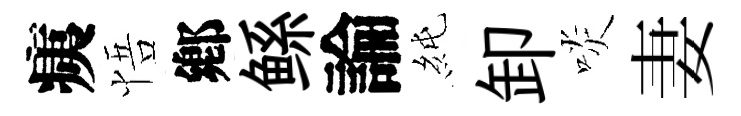
痍悟鄕鲧論純卸啖妻